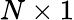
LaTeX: N\times 1